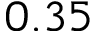
0 . 3 5